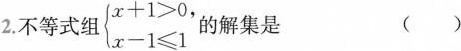
2.不等式组 $$\left\{ \begin {matrix} x + 1 > 0 , \\ x - 1 ≤ 1 \end{matrix} \right. $$ 的解集是 ( )